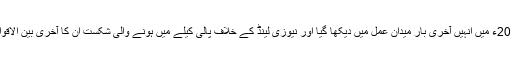
عالمی کپ 2011ء میں انہیں آخری بار میدان عمل میں دیکھا گیا اور نیوزی لینڈ کے خلاف پالی کیلے میں ہونے والی شکست ان کا آخری بین الاقوامی مقابلہ تھی۔